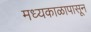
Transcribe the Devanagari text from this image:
मध्यकाळापासून